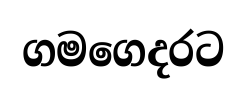
ගමගෙදරට